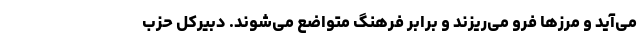
می‌آید و مرزها فرو می‌ریزند و برابر فرهنگ متواضع می‌شوند. دبیرکل حزب